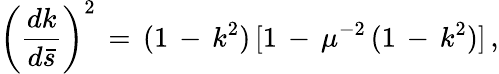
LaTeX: \left(\frac{dk}{d\bar{s}}\right)^{2}\, =\, (1\, -\, k^{2})\, [1\, -\, \mu^{-2}\, (1\, -\, k^{2})]\, {,}